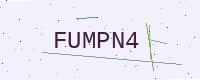
Text: FUMPN4